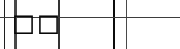
٩٥